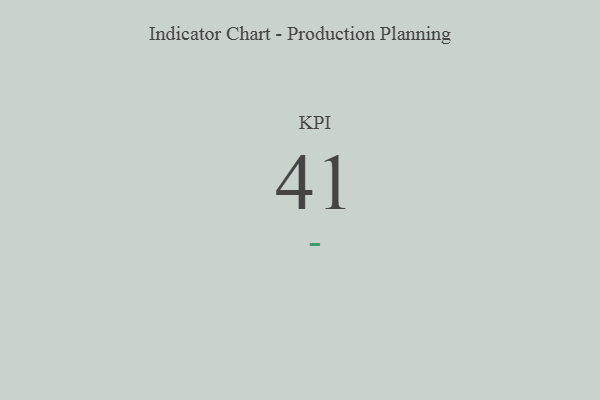
{"axis": {"x": "KPI", "y": "Value"}, "legend": [""], "data": [{"x": "KPI", "y": 41, "type": ""}]}